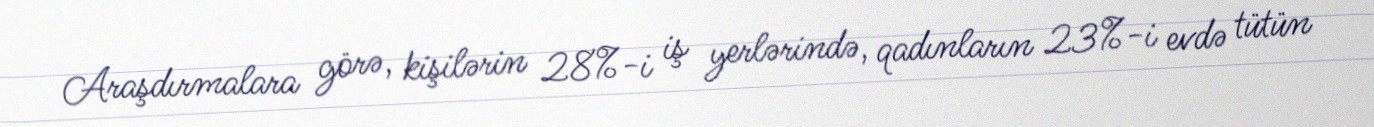
Araşdırmalara görə, kişilərin 28%-i iş yerlərində, qadınların 23%-i evdə tütün